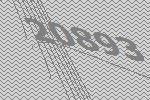
20893